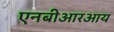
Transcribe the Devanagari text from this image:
एनबीआरआय